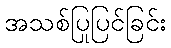
အသစ်ပြုပြင်ခြင်း